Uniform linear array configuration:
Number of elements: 16
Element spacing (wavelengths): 0.25
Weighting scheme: blackman
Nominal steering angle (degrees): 45
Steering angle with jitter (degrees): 44.96
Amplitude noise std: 0.05
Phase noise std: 0.05

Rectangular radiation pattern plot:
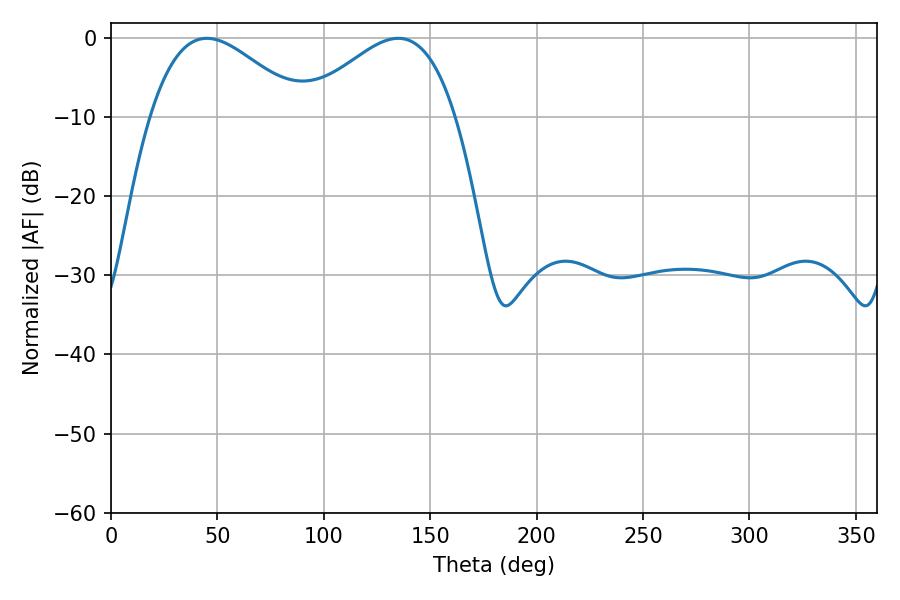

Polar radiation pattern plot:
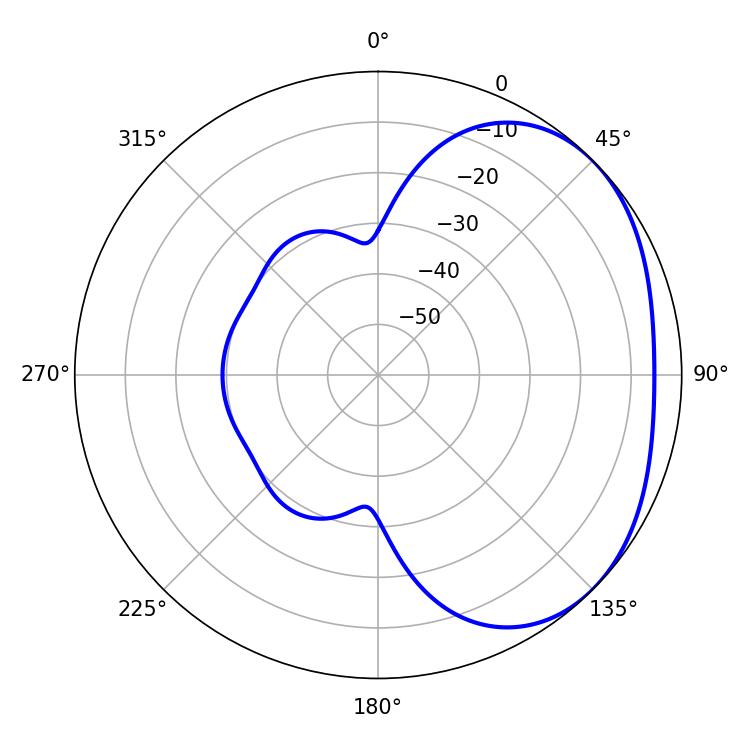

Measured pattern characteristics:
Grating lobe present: FALSE
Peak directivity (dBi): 2.588
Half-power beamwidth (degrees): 38.88
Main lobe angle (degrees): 45